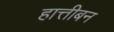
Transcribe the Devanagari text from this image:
हात्तीबन